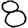
Digit: 8